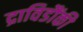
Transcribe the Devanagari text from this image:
द्राविडौंकी